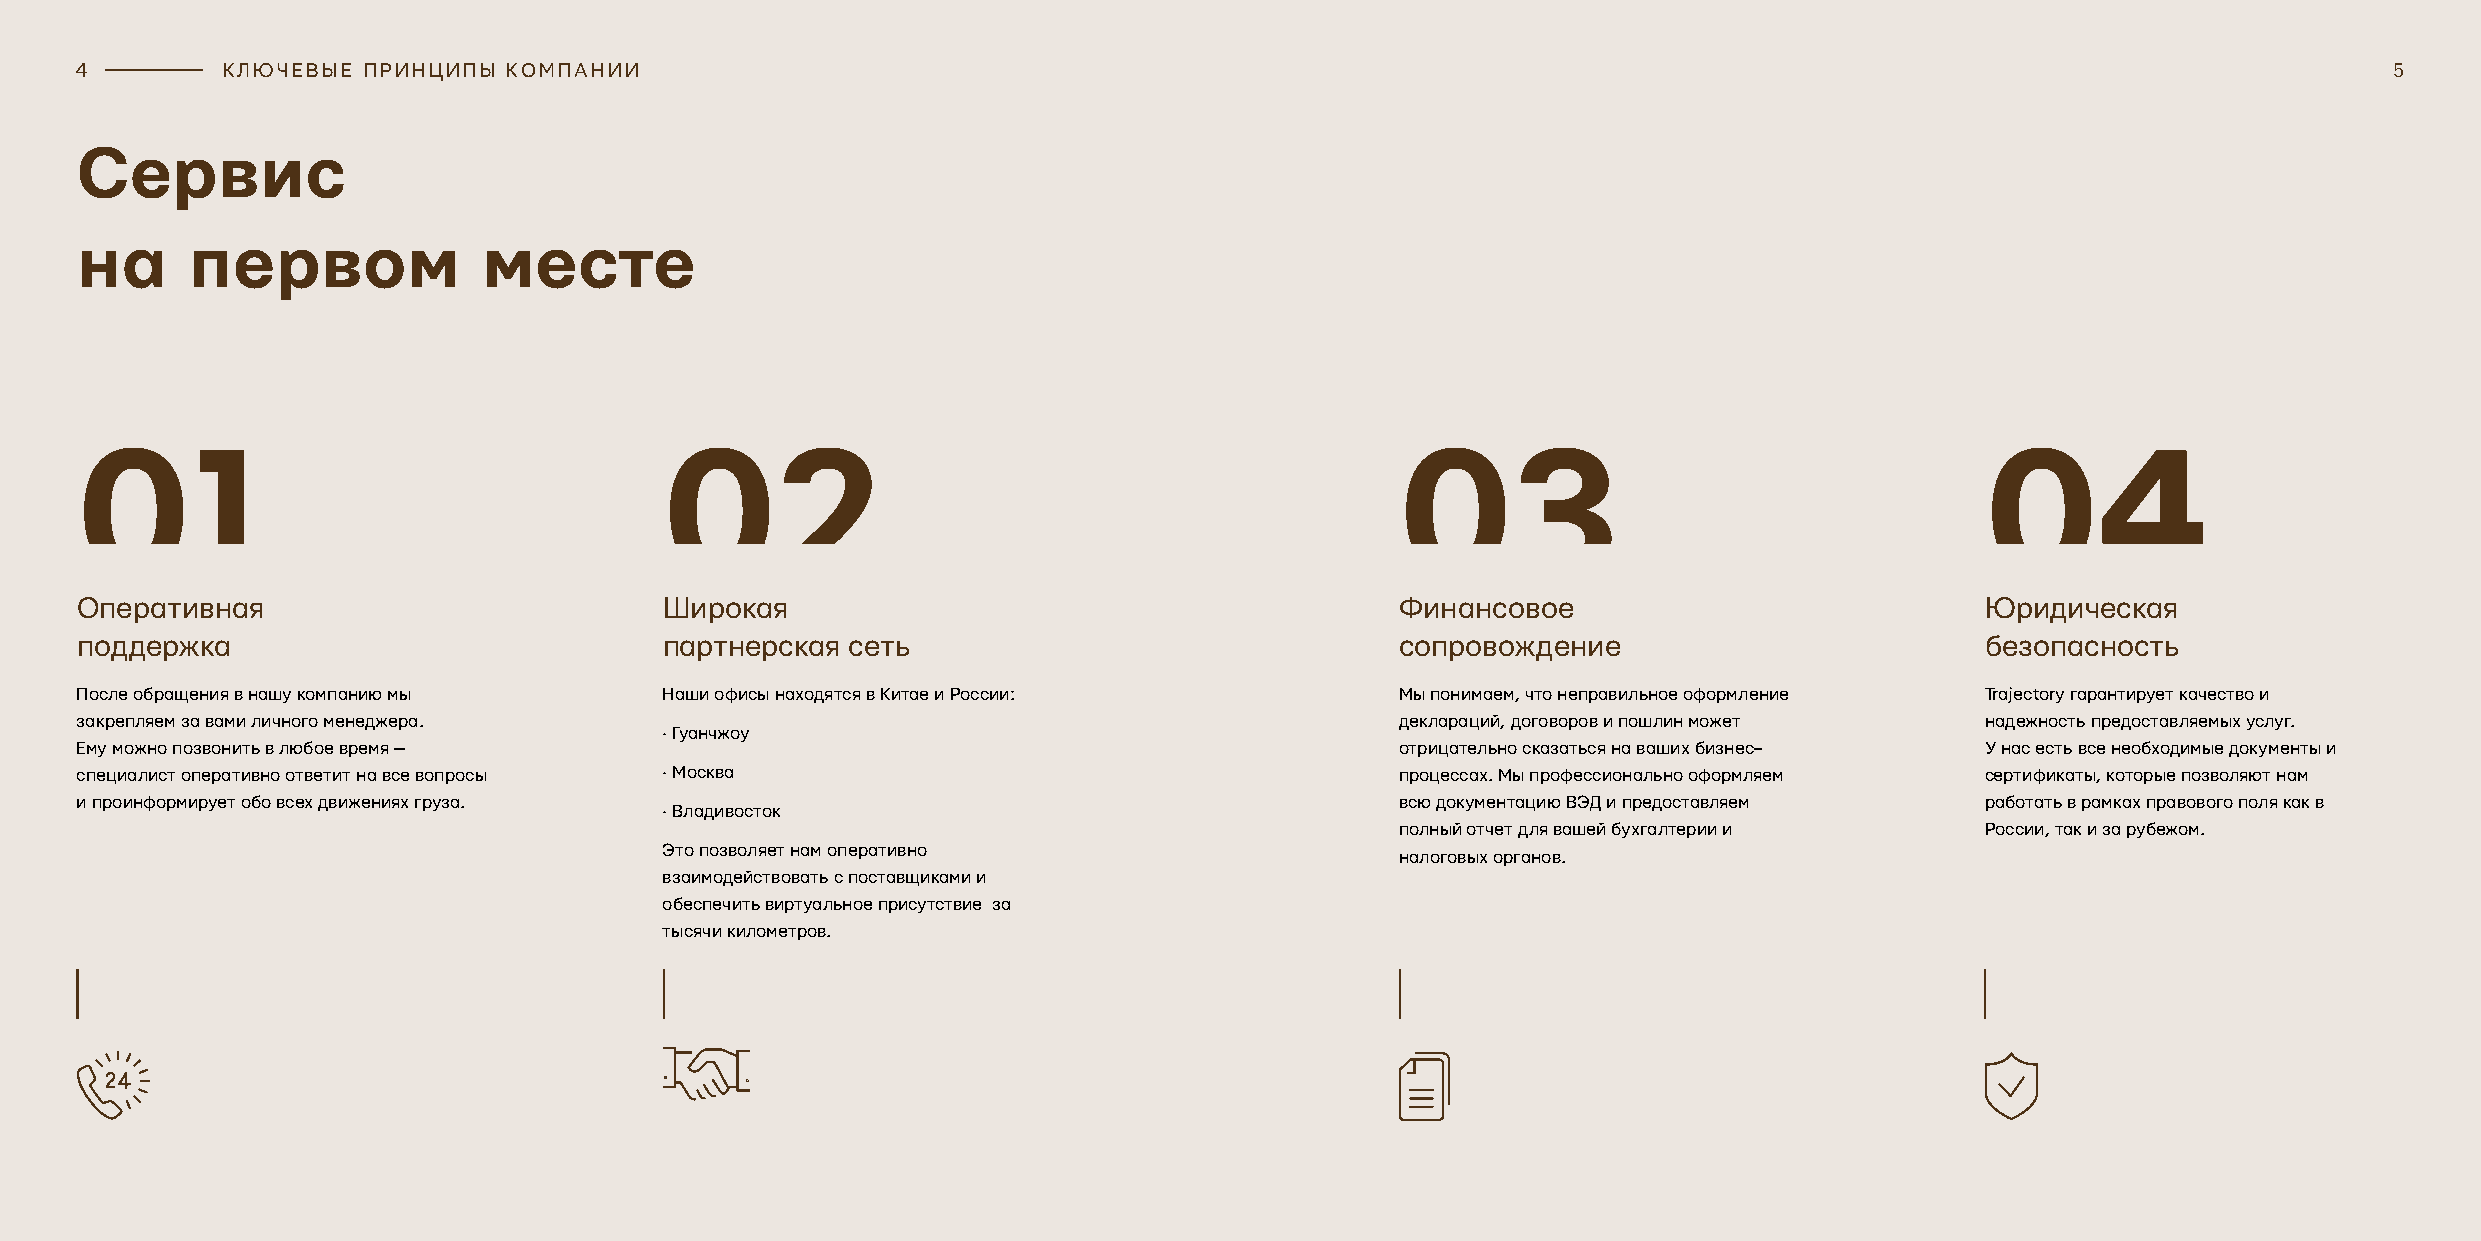
4         КЛЮЧЕВЫЕ ПРИНЦИПЫ  КОМПАНИИ                                                                                                                    5
 Сервис
 на     первом              месте
 01                                     02                                               03                                    04
 Оперативная                            Широкая                                          Финансовое                            Юридическая
 поддержка                              партнерская сеть                                 сопровождение                         безопасность
 После обращения в нашу компанию мы     Наши офисы находятся в Китае и России:           Мы понимаем, что неправильное оформление Trajectory гарантирует качество и
 закрепляем за вами личного менеджера.                                                   деклараций, договоров и пошлин может  надежность предоставляемых услуг.
 • Гуанчжоу
 Ему можно позвонить в любое время —                                                     отрицательно сказаться на ваших бизнес– У нас есть все необходимые документы и
 специалист оперативно ответит на все вопросы • Москва                                   процессах. Мы профессионально оформляем сертификаты, которые позволяют нам
 и проинформирует обо всех движениях груза.                                              всю документацию ВЭД и предоставляем  работать в рамках правового поля как в
 • Владивосток
 полный отчет для вашей бухгалтерии и  России, так и за рубежом.
 Это позволяет нам оперативно
 налоговых органов.
 взаимодействовать с поставщиками и
 обеспечить виртуальное присутствие за
 тысячи километров.